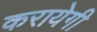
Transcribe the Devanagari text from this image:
करायेगी